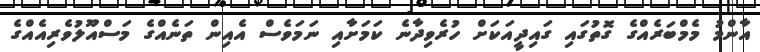
އާންމު މެމްބަރެއްގެ ގޮތުގައި ގައިދީއަކަށް ހުރެވިދާނެ ކަމަށާއި ނަމަވެސް އެއިން ތަނެއްގެ މަސްއޫލުވެރިއެއްގެ